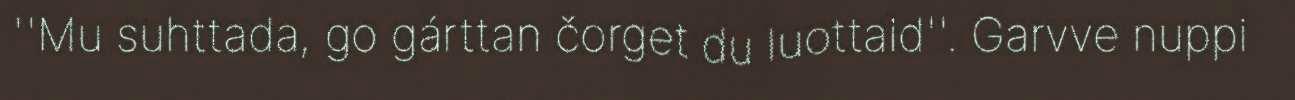
''Mu suhttada, go gárttan čorget du luottaid''. Garvve nuppi